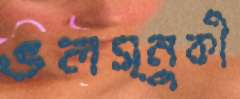
ভলস্নুকী